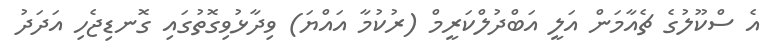
އެ ސްކޫލުގެ ޗެއާމަން އަލީ އަބްދުލްކަރީމް (ރުކުމާ އައްޔަ) ވިދާޅުވިގޮތުގައި ގޮނޑިޖެހި އަދަދު